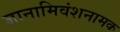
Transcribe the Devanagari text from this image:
ज्ञानामिवंशनामक